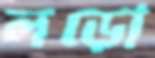
লড়ো